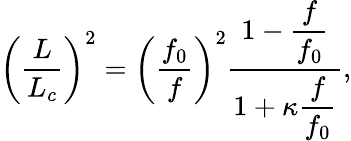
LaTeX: \left(\frac{L}{{L_{c}}}\right)^{2}=\left(\frac{{f_{0}}}{f}\right)^{2}\frac{1-\displaystyle\frac{f}{f_{0}}}{1+\displaystyle\kappa\displaystyle\frac{f}{f_{0}}},